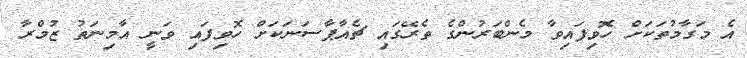
އެ މަގާމުތަކަށް ހޮވިފައިވާ މެންބަރުންގެ ތެރޭގައި ޗެއާޕާސަނަކަށް ހޮވިފައި ވަނީ އާމިނަތު ޒުމްރާ